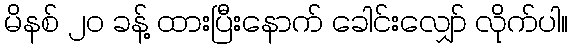
မိနစ် ၂၀ ခန့် ထားပြီးနောက် ခေါင်းလျှော် လိုက်ပါ။